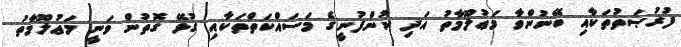
ފުރުޞަތުތަކާއި ބޭނުންވާ މަޢުލޫމާތު އަދި ކުންފުނީގެ މަސައްކަތްތަކާއި ގުޅޭ ގޮތުން ވަނީ މަޢުލޫމާތު